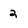
Character: 2